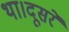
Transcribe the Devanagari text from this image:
था।दूसरे